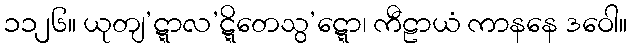
၁၁၂၆။ ယုတျ’ဋ္ဋာလ’ဋ္ဋိတေသွ’ဋ္ဋော၊ ကီဠာယံ ကာနနေ ဒဝေါ။